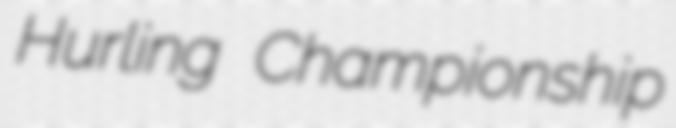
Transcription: Hurling Championship